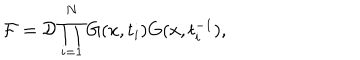
{ \cal F } = { \cal D } \prod _ { i = 1 } ^ { N } G ( x , t _ { i } ) G ( x , t _ { i } ^ { - 1 } ) ,